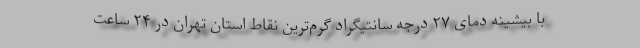
با بیشینه دمای ۲۷ درجه سانتیگراد گرم‌ترین نقاط استان تهران در ۲۴ ساعت